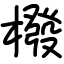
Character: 橃